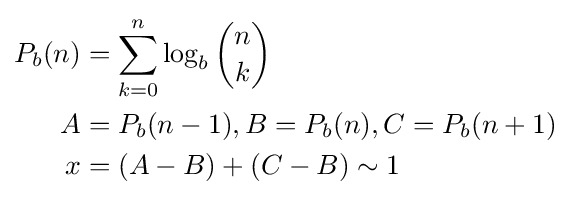
{\begin{aligned}P_{b}(n)&=\sum _{k=0}^{n}\log _{b}{\binom {n}{k}}\\A&=P_{b}(n-1),B=P_{b}(n),C=P_{b}(n+1)\\x&=(A-B)+(C-B)\sim 1\\\end{aligned}}